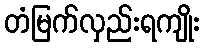
တံမြက်လှည်းရကျိုး